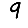
Digit: 9